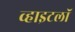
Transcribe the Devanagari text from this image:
व्हाइटलॉ